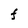
Character: F